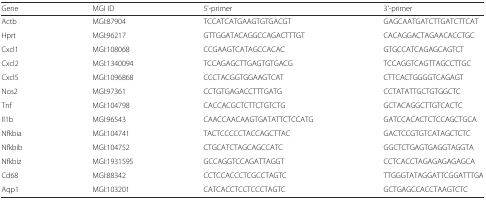
| Gene | MGI ID | 5'-primer | 3'-primer |
 | --- | --- | --- | --- |
 | Actb | MGI:87904 | TCCATCATGAAGTGTGACGT | GAGCAATGATCTTGATCTTCAT |
 | Hprt | MGI:96217 | GTTGGATACAGGCCAGACTTTGT | CACAGGACTAGAACACCTGC |
 | Cxcl1 | MGI:108068 | CCGAAGTCATAGCCACAC | GTGCCATCAGAGCAGTCT |
 | Cxcl2 | MGI:1340094 | TCCAGAGCTTGAGTGTGACG | TCCAGGTCAGTTAGCCTTGC |
 | Cxcl5 | MGI:1096868 | CCCTACGGTGGAAGTCAT | CTTCACTGGGGTCAGAGT |
 | Nos2 | MGI:97361 | CCTGTGAGACCTTTGATG | CCTATATTGCTGTGGCTC |
 | Tnf | MGI:104798 | CACCACGCTCTTCTGTCTG | GCTACAGGCTTGTCACTC |
 | Il1b | MGI:96543 | CAACCAACAAGTGATATTCTCCATG | GATCCACACTCTCCAGCTGCA |
 | Nfkbia | MGI:104741 | TACTCCCCCTACCAGCTTAC | GACTCCGTGTCATAGCTCTC |
 | Nfkbib | MGI:104752 | CTGCATCTAGCAGCCATC | GGCTCTGAGTGAGGTAGGTA |
 | Nfkbiz | MGI:1931595 | GCCAGGTCCAGATTAGGT | CCTCACCTAGAGAGAGAGCA |
 | Cd68 | MGI:88342 | CCTCCACCCTCGCCTAGTC | TTGGGTATAGGATTCGGATTTGA |
 | Aqp1 | MGI:103201 | CATCACCTCCTCCCTAGTC | GCTGAGCCACCTAAGTCTC |